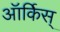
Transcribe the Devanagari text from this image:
ऑर्किस्